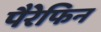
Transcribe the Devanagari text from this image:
पैरेफिन